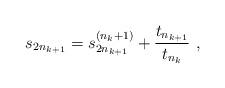
LaTeX: \begin{gather*} s_{2n_{k+1}} = s_{2n_{k+1}}^{(n_{k}+1)} + \frac{t_{n_{k+1}}}{t_{n_{k}}} \ ,\end{gather*}